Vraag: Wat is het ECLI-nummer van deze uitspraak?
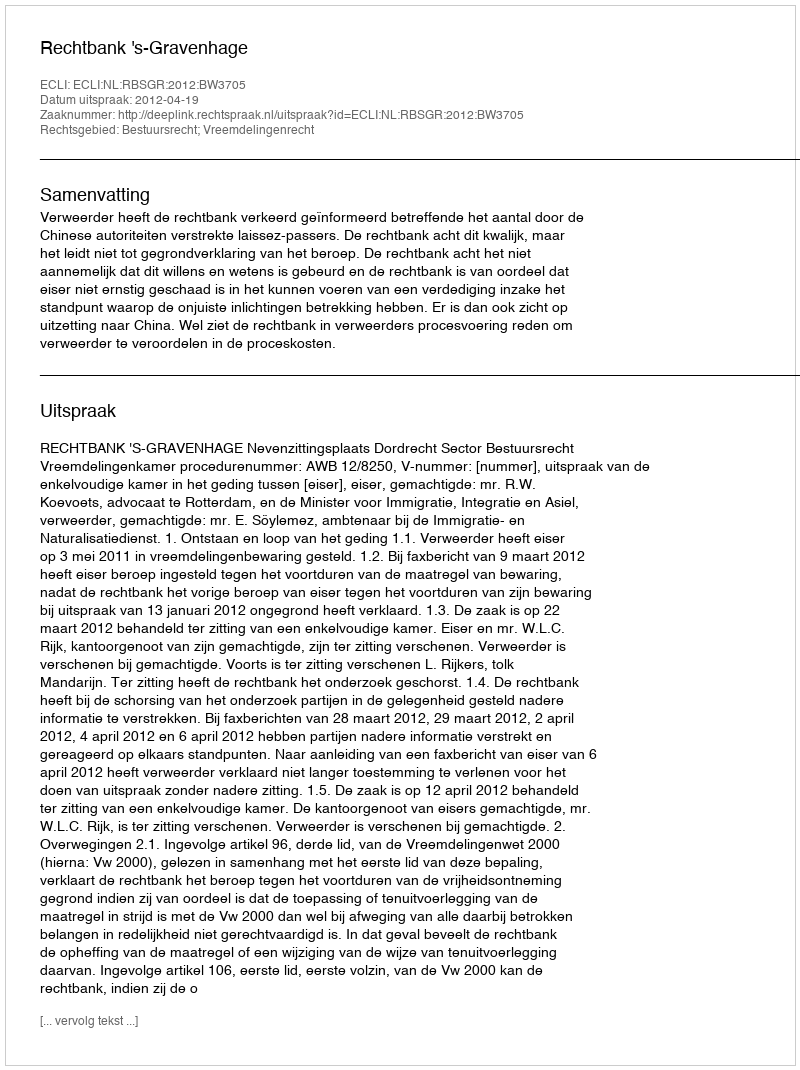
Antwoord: ECLI:NL:RBSGR:2012:BW3705